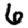
Digit: 6